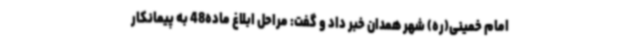
امام خمینی(ره) شهر همدان خبر داد و گفت: مراحل ابلاغ ماده48 به پیمانکار